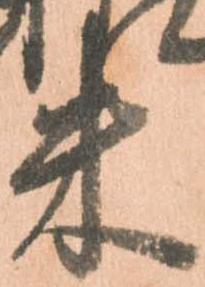
米